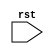
module reset_behavior (
    input wire rst,
    // other input and output ports here
);

// Declare signals and registers here

always @(posedge rst) begin
    // Actions to be taken when reset signal is activated
end

// Other logic of the module here

endmodule